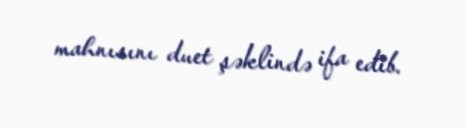
mahnısını duet şəklində ifa edib.